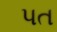
પત